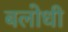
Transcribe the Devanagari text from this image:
बलोधी